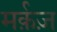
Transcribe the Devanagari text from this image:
मर्क़ज़